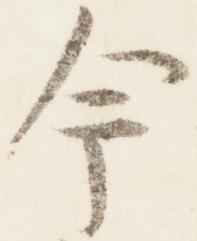
今